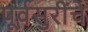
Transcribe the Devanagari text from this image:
पूर्वसुरींचे